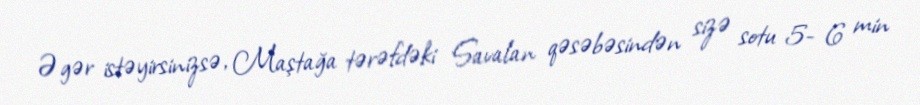
Əgər istəyirsinizsə, Maştağa tərəfdəki Savalan qəsəbəsindən sizə sotu 5- 6 min